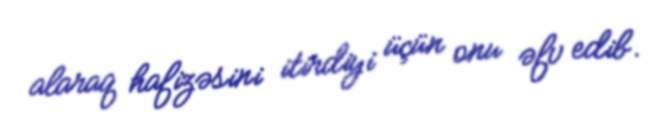
alaraq hafizəsini itirdiyi üçün onu əfv edib.